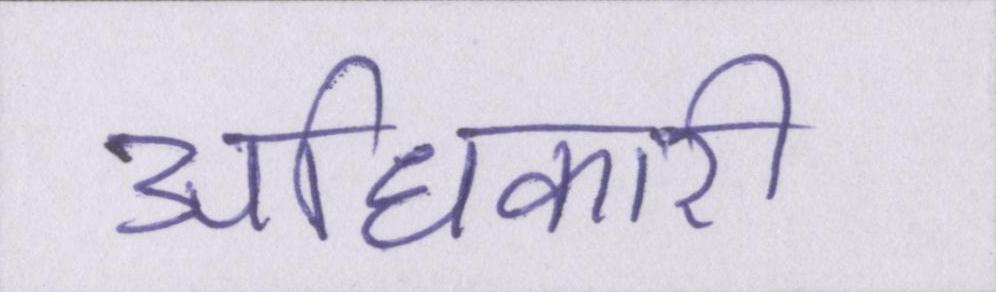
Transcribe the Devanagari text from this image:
अधिकारी